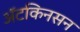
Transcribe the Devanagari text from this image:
अॅटकिनसन